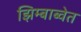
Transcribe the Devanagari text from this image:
झिम्बाब्वेत